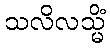
သလိလသ္မိံ